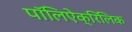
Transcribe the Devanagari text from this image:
पॉलिऐक्रिलिक